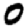
Digit: 0